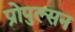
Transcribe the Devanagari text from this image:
प्रोपुल्सन